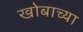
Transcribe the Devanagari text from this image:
खोबाच्या